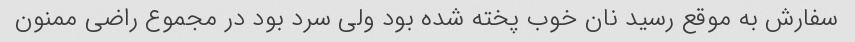
سفارش به موقع رسید نان خوب پخته شده بود ولی سرد بود در مجموع راضی ممنون